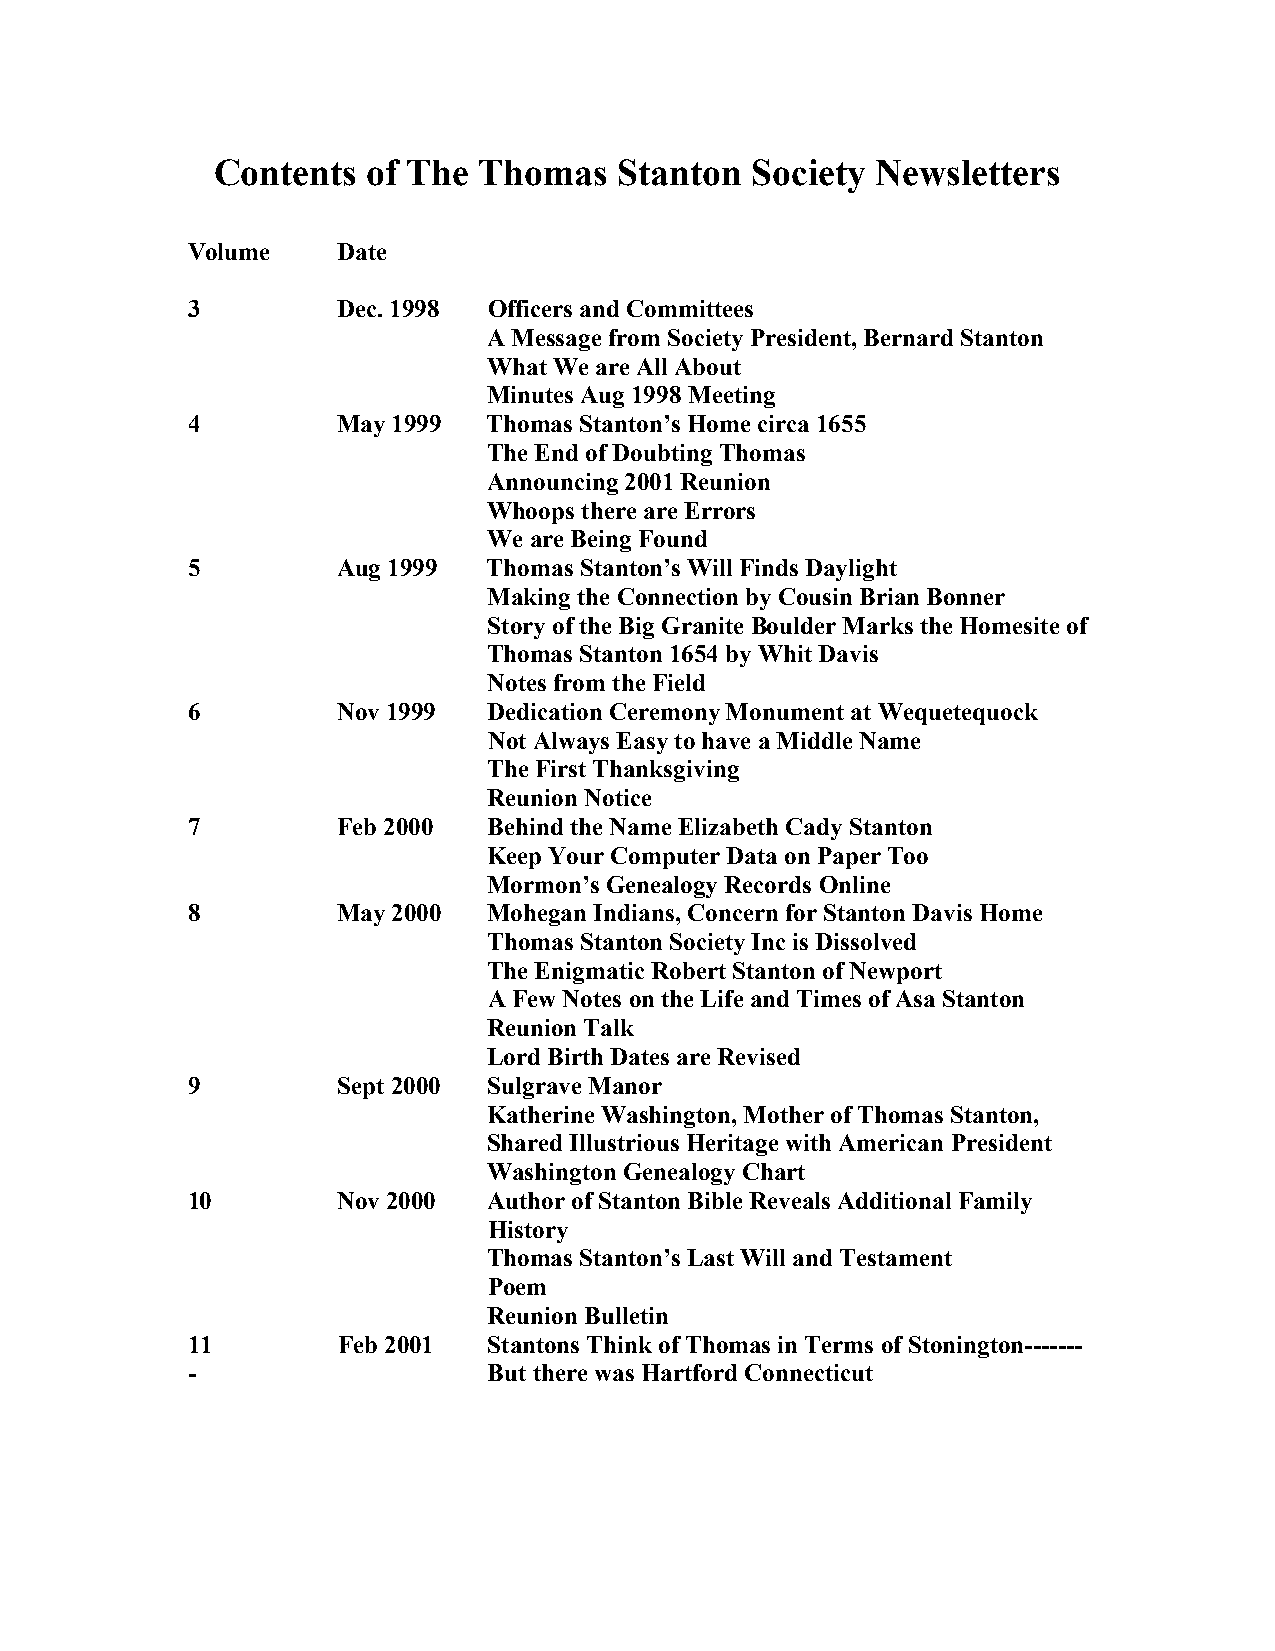
Contents  of The  Thomas   Stanton  Society Newsletters
 Volume    Date
 3         Dec. 1998 Officers and Committees
 A Message from Society President, Bernard Stanton
 What We are All About
 Minutes Aug 1998 Meeting
 4         May 1999  Thomas Stanton’s Home circa 1655
 The End of Doubting Thomas
 Announcing 2001 Reunion
 Whoops there are Errors
 We are Being Found
 5         Aug 1999  Thomas Stanton’s Will Finds Daylight
 Making the Connection by Cousin Brian Bonner
 Story of the Big Granite Boulder Marks the Homesite of
 Thomas Stanton 1654 by Whit Davis
 Notes from the Field
 6         Nov 1999  Dedication Ceremony Monument at Wequetequock
 Not Always Easy to have a Middle Name
 The First Thanksgiving
 Reunion Notice
 7         Feb 2000  Behind the Name Elizabeth Cady Stanton
 Keep Your Computer Data on Paper Too
 Mormon’s Genealogy Records Online
 8         May 2000  Mohegan Indians, Concern for Stanton Davis Home
 Thomas Stanton Society Inc is Dissolved
 The Enigmatic Robert Stanton of Newport
 A Few Notes on the Life and Times of Asa Stanton
 Reunion Talk
 Lord Birth Dates are Revised
 9         Sept 2000 Sulgrave Manor
 Katherine Washington, Mother of Thomas Stanton,
 Shared Illustrious Heritage with American President
 Washington Genealogy Chart
 10        Nov 2000  Author of Stanton Bible Reveals Additional Family
 History
 Thomas Stanton’s Last Will and Testament
 Poem
 Reunion Bulletin
 11        Feb 2001  Stantons Think of Thomas in Terms of Stonington-------
 -                   But there was Hartford Connecticut